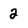
Character: 2